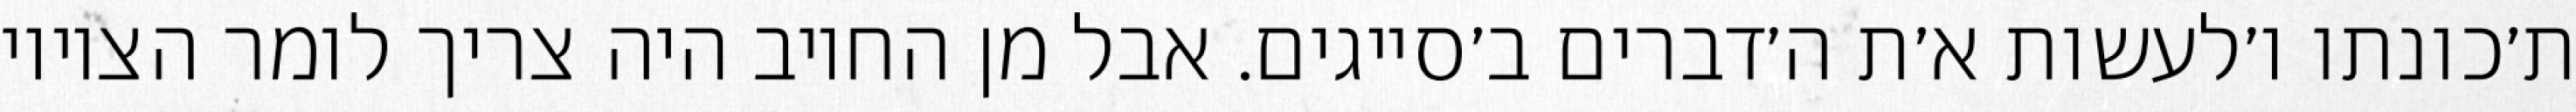
ת׳כונתו ו׳לעשות א׳ת ה׳דברים ב׳סייגים. אבל מן החיוב היה צריך לומר הציווי